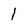
Character: 1